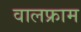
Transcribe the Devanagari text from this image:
वालफ्राम